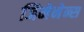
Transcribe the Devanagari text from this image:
जिमेनेन्स